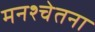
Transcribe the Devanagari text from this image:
मनश्चेतना